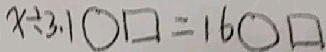
x \div 3 . 1 \bigcirc \square = 1 6 \bigcirc \square